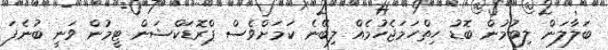
ބަލާލަން ލިބުމުން ބޮޑު ހިތްހަމަޖެހުމެއް ލިބޭނެ ކަމަށްވެސް ޕްރޮޑަކްޝަން ޓީމުން ވަނީ ބުނެފަ